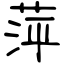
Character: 萍